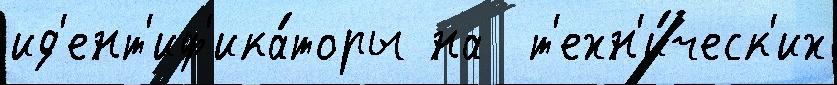
ид'ент'иф'ика́торы на  т'ехн'и́ческ'их